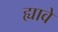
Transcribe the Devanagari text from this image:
ह्यावे